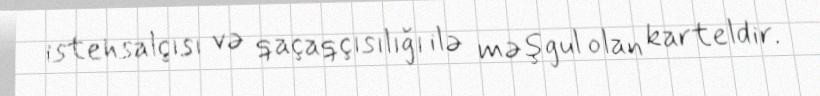
istehsalçısı və qaçaqçısılığı ilə məşgul olan karteldir.